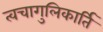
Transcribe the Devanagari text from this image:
त्वचागुलिकार्ति